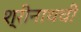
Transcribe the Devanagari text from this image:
श्रीनाथची